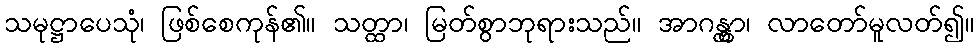
သမုဋ္ဌာပေသုံ၊ ဖြစ်စေကုန်၏။ သတ္ထာ၊ မြတ်စွာဘုရားသည်။ အာဂန္တွာ၊ လာတော်မူလတ်၍။